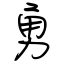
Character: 勇